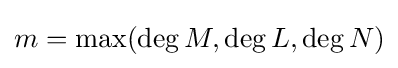
m=\max(\deg M,\deg L,\deg N)